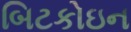
બિટકોઇન